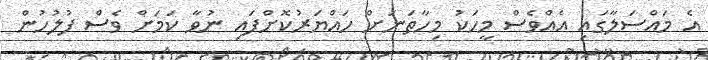
އެ މައްސަލާގައި އެއްވެސް މީހަކު މިހާތަނަށް ހައްޔަރުކޮށްފައި ނުވާ ކަމަށް ވެސް ފުލުހުން